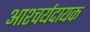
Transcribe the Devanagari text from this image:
आश्चर्यदायक